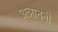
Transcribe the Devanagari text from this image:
अन्नाननी